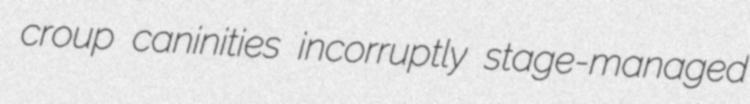
croup caninities incorruptly stage-managed